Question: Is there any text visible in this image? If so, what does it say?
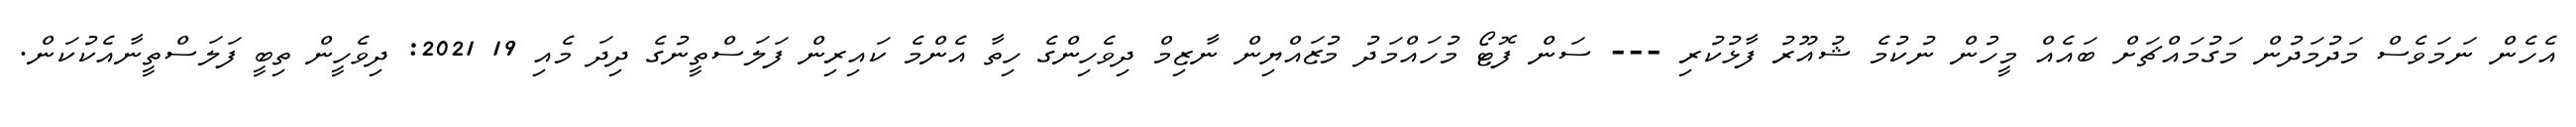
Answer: އެހެން ނަމަވެސް މަދުމަދުން މަގުމައްޗަށް ބައެއް މީހުން ނުކުމެ ޝުއޫރު ފާޅުކުރި --- ސަން ފޮޓޯ މުހައްމަދު މުޒައްޔިން ނާޒިމް ދިވެހިންގެ ހިތާ އެންމެ ކައިރިން ފަލަސްތީނުގެ ދިދަ މެއި 19 2021: ދިވެހީން ތިބީ ފަލަސްތީނާއެކުކަން.